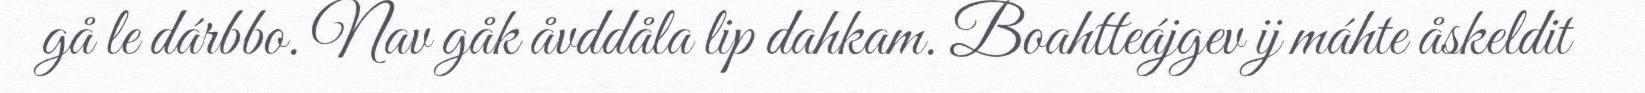
gå le dárbbo. Nav gåk åvddåla lip dahkam. Boahtteájgev ij máhte åskeldit